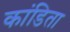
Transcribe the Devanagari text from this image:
कांडिता